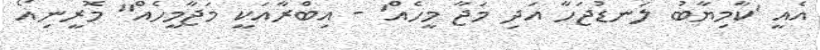
އެއީ 'ކާމިޔާބު ލަނޑުޖަހާ އަދި މަޖާ މީހެއް' - އިބްރާއަކީ މަޖާމީހެއް" މޮރީނިއޯ